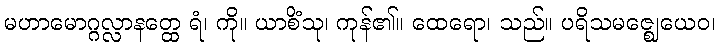
မဟာမောဂ္ဂလ္လာနတ္ထေ ရံ၊ ကို။ ယာစိံသု၊ ကုန်၏။ ထေရော၊ သည်။ ပရိသမဇ္ဈေယေဝ၊